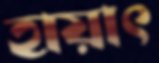
হায়াৎ